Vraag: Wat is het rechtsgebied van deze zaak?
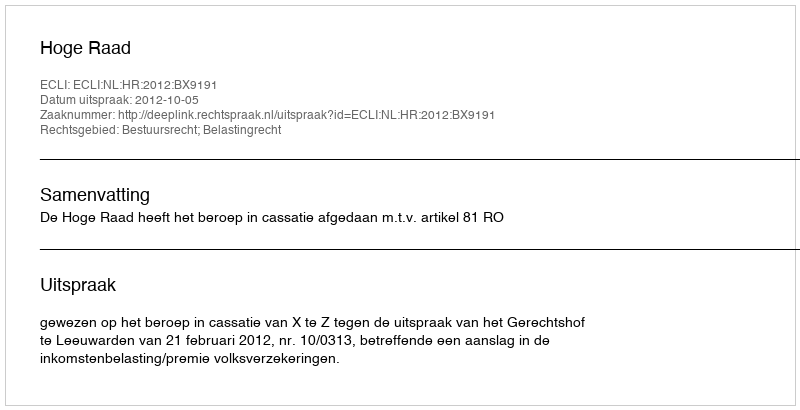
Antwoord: Bestuursrecht; Belastingrecht